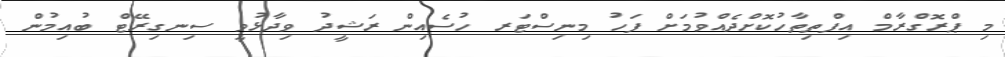
މި ޕްރޮގްރާމް އިފްތިތާހުކޮށްދެއްވުމަށް ފަހު މިނިސްޓަރ ހުސެއިން ރަޝީދު ވިދާޅުވީ ސިނގިރޭޓް ބުއިމުން